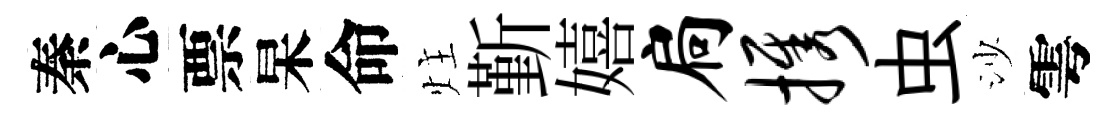
秦心票杲命炷斳嬉扃携虫沙雩